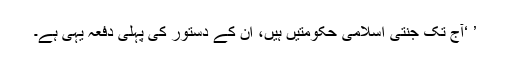
’ ‘آج تک جنتی اسلامی حکومتیں ہیں، ان کے دستور کی پہلی دفعہ یہی ہے۔